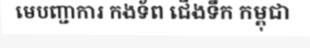
មេបញ្ជាការ កងទ័ព ជើងទឹក កម្ពុជា